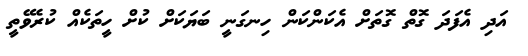
އަދި އެފަދަ ގޮތް ގޮތަށް އެކަންކަން ހިނގަނީ ބަޔަކަށް ކުށް ހީތަކެއް ކުރެވޭތީ